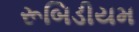
રૂબિડીયમ